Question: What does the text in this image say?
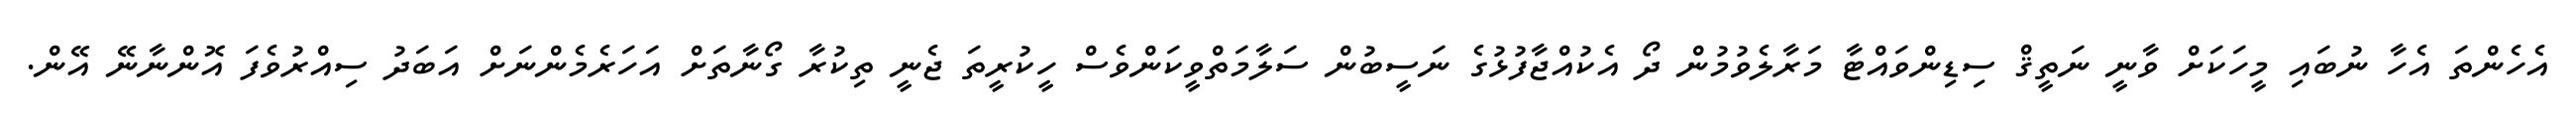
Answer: އެހެންތަ އެހާ ނުބައި މީހަކަށް ވާނީ ނަތީޤް ސިޑިންވައްޓާ މަރާލެވުމުން ދޯ އެކުއްޖާފުޅުގެ ނަސީބުން ސަލާމަތްވީކަންވެސް ހީކުރީތަ ޖެނީ ތިކުރާ ގޯނާތަށް އަހަރެމެންނަށް އަބަދު ސިއްރުވެފަ އޮންނާނޭ އޭން.